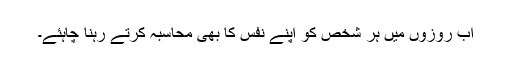
اب روزوں میں ہر شخص کو اپنے نفس کا بھی محاسبہ کرتے رہنا چاہئے۔